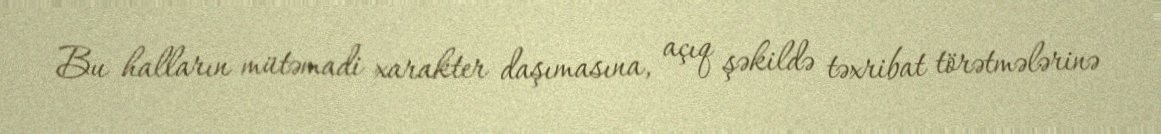
Bu halların mütəmadi xarakter daşımasına, açıq şəkildə təxribat törətmələrinə